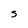
Character: S